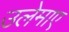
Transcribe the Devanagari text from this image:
उलेमाए